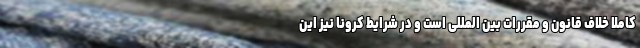
کاملا خلاف قانون و مقررات بین المللی است و در شرایط کرونا نیز این